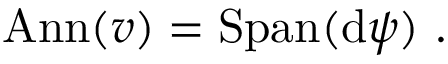
\mathrm { A n n } ( v ) = \mathrm { S p a n } ( \mathrm { d } \psi ) \ .